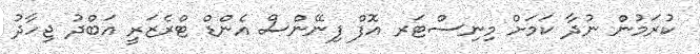
ކުރަމުން ނުދާ ކަމަށް މިނިސްޓަރ އޮފް ފިނޭންސް އެންޑް ޓްރެޒަރީ އަބްދު ޖިހާދު